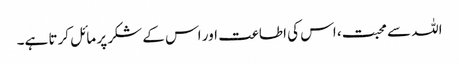
اللہ سے محبت، اس کی اطاعت اور اس کے شکر پر مائل کرتا ہے۔